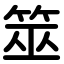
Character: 筮